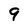
Character: 9